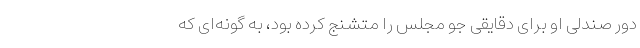
دور صندلی او برای دقایقی جو مجلس را متشنج کرده بود، به گونه‌ای که